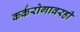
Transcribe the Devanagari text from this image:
कर्करोगावरही